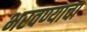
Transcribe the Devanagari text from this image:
भरवण्याचा